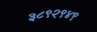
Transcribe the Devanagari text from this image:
३८९२९४९